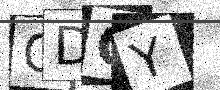
Text: GDOY